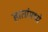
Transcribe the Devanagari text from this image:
हातांमध्ये